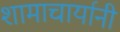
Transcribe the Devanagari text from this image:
शामाचार्यानी